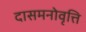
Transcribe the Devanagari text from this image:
दासमनोवृत्ति